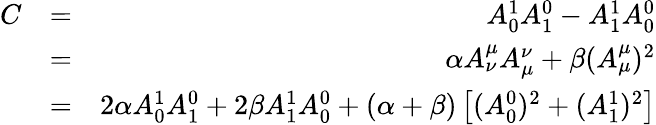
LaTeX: \begin{array}{rlr}{C}&{=}&{A_{0}^{1}A_{1}^{0}-A_{1}^{1}A_{0}^{0}}\\ &{=}&{\alpha A_{\nu}^{\mu}A_{\mu}^{\nu}+\beta(A_{\mu}^{\mu})^{2}}\\ &{=}&{2\alpha A_{0}^{1}A_{1}^{0}+2\beta A_{1}^{1}A_{0}^{0}+\left(\alpha+\beta\right)\left[(A_{0}^{0})^{2}+(A_{1}^{1})^{2}\right]}\end{array}